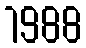
1988